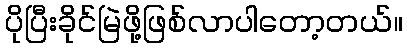
ပိုပြီးခိုင်မြဲဖို့ဖြစ်လာပါတော့တယ်။